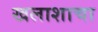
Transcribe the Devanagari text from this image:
खलाशाचा